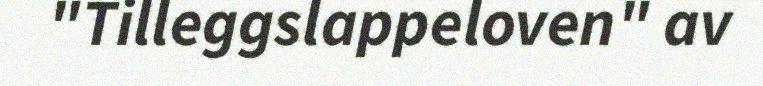
"Tilleggslappeloven" av